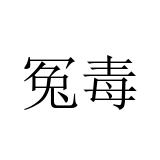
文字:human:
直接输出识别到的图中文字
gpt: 冤毒